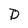
Character: D